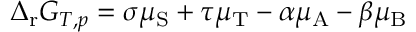
\Delta _ { \mathrm { r } } G _ { T , p } = \sigma \mu _ { \mathrm { S } } + \tau \mu _ { \mathrm { T } } - \alpha \mu _ { \mathrm { A } } - \beta \mu _ { \mathrm { B } }